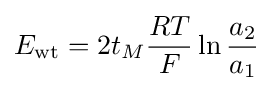
E_{\mathrm {wt} }=2t_{M}{\frac {RT}{F}}\ln {\frac {a_{2}}{a_{1}}}